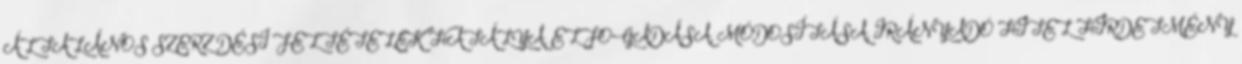
ÁLTALÁNOS SZERZİDÉSI FELTÉTELEK HATÁLYA, ELFOGADÁSA, MÓDOSÍTÁSA, IRÁNYADÓ HITEL HIRDETMÉNY